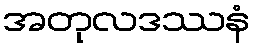
အတုလဒဿနံ